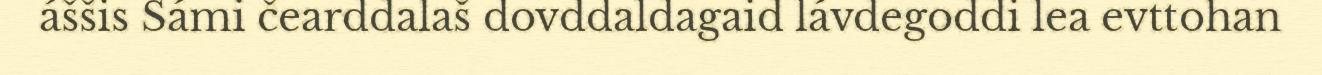
áššis Sámi čearddalaš dovddaldagaid lávdegoddi lea evttohan